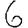
Digit: 6